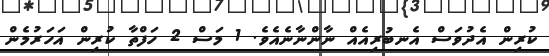
ކުރިން އެދުވަސް އެނބުރިއެއް ނާންނާނެއެވެ. 1 މަސް 2 ހަފްތާ ކުރިން އަހަރުމެން